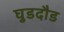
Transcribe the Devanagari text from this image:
घुडदौड